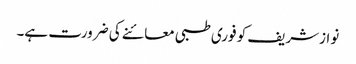
نوازشریف کو فوری طبی معائنے کی ضرورت ہے۔